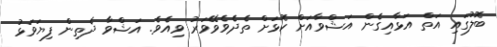
ބޮލުގައި އަތް އަޅާއިގެން އަޝްވާއަށް ކޮޅަށް ތެދެވެވޭވަރު ވިއެވެ. އަޝްވާ ދެތިން ފިޔަވަޅު